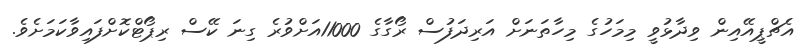
އެޗްޕީއޭއިން ވިދާޅުވީ މިމަހުގެ މިހާތަނަށް އަރިދަފުސް ރޯގާގެ 11000އަށްވުރެ ގިނަ ކޭސް ރިޕޯޓްކޮށްފައިވާކަމަށެވެ.